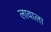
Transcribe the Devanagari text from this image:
लावाला